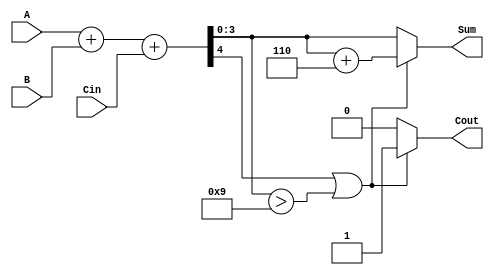
module BCD_Adder (
    input  [3:0] A,       // First BCD digit
    input  [3:0] B,       // Second BCD digit
    input        Cin,      // Carry-in
    output reg [3:0] Sum,  // BCD sum output
    output reg Cout        // Carry-out
);

    wire [4:0] R;         // 5-bit result of the addition

    // Perform binary addition
    assign R = A + B + Cin;

    always @(*) begin
        // Initialize outputs
        Sum = 4'b0000;
        Cout = 1'b0;

        // Check if correction is needed
        if (R[4] || (R[3:0] > 4'd9)) begin
            // Apply BCD correction by adding 6
            Sum = R[3:0] + 4'd6;
            Cout = 1'b1; // Set carry-out if correction is applied
        end else begin
            // No correction needed
            Sum = R[3:0];
        end
    end

endmodule